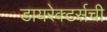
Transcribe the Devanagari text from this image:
डायरेक्टर्सची